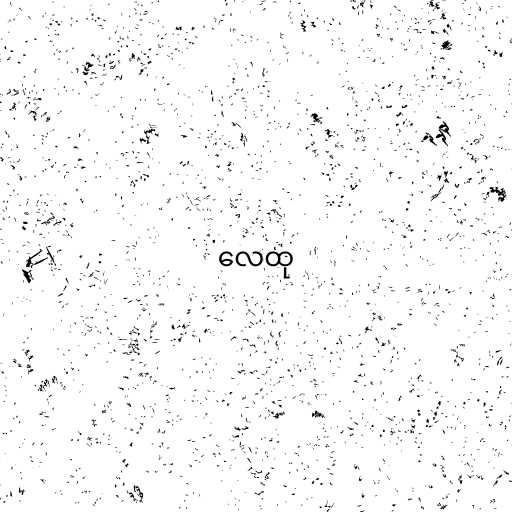
လေထု